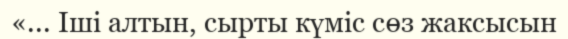
«... Іші алтын, сырты күміс сөз жаксысын